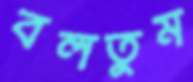
বলতুম